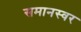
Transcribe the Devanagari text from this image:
समानस्वर